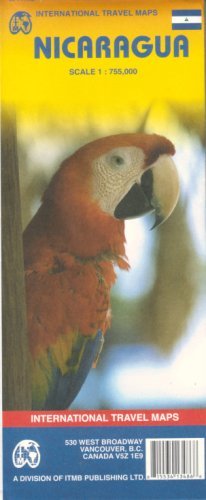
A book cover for By ITM Canada Nicaragua 1:755,000 Travel Map (2nd Second Edition) [Map]; Travel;